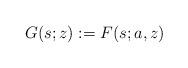
LaTeX: \begin{align*}G(s; z):=F(s; a, z) \end{align*}